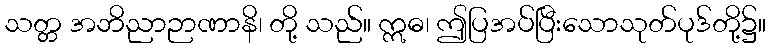
သတ္တ အဘိညာဉာဏာနိ၊ တို့ သည်။ ဣဓ၊ ဤပြအပ်ပြီးသောသုတ်ပုဒ်တို့၌။